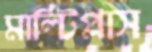
মাল্টিপ্লাস